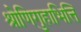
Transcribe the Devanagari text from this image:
श्रोणिगुहाभित्ति